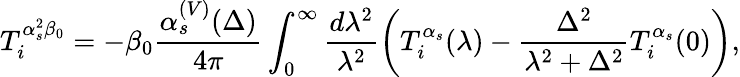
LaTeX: T_{i}^{\alpha_{s}^{2}\beta_{0}}=-\beta_{0}\frac{\alpha_{s}^{(V)}(\Delta)}{4\pi}\int_{0}^{\infty}\frac{d\lambda^{2}}{\lambda^{2}}\left(T_{i}^{\alpha_{s}}(\lambda)-\frac{\Delta^{2}}{\lambda^{2}+\Delta^{2}}T_{i}^{\alpha_{s}}(0)\right),